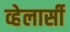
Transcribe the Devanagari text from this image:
व्हेलार्सी